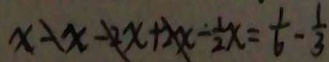
x - x - 2 x + 2 x - \frac { 1 } { 2 } x = \frac { 1 } { 6 } - \frac { 1 } { 3 }